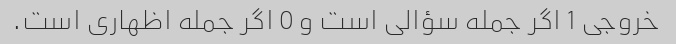
خروجی 1 اگر جمله سؤالی است و 0 اگر جمله اظهاری است.